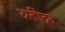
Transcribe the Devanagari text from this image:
अतींद्रः